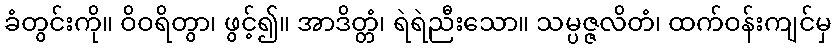
ခံတွင်းကို။ ဝိဝရိတွာ၊ ဖွင့်၍။ အာဒိတ္တံ၊ ရဲရဲညီးသော။ သမ္ပဇ္ဇလိတံ၊ ထက်ဝန်းကျင်မှ